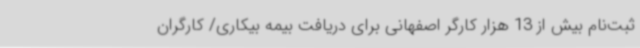
ثبت‌نام بیش از 13 هزار کارگر اصفهانی برای دریافت بیمه بیکاری/ کارگران